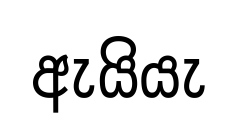
ඇයියැ